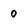
Character: 0